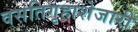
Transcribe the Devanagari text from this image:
वसतिगृहाशेजारी